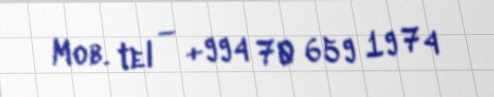
Mob. tel — +994 70 659 19 74